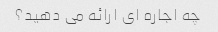
چه اجاره ای ارائه می دهید؟